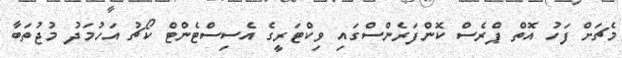
މެޗަށް ފަހު އޮތް ޕްރެސް ކޮންފަރެންސްގައި ވިކްޓަރީގެ އެސިސްޓެންޓް ކޯޗު އަހުމަދު މުޖުތަބާ